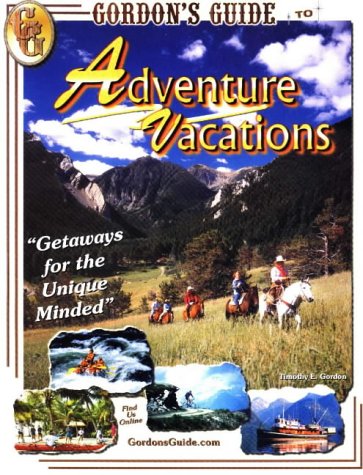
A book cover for Gordon's Guide to Adventure Vacations: The Definitive Guide to Adventure Vacations; Timothy E. Gordon; Travel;